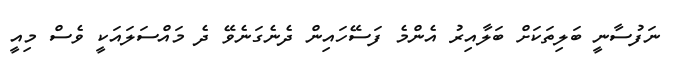
ނަފުސާނީ ބަލިތަކަށް ބަލާއިރު އެންމެ ފަސޭހައިން ދެނެގަނެވޭ ދެ މައްސަލައަކީ ވެސް މިއީ